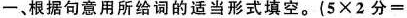
-、根据句意用所给词的适当形式填空.（$$5 \times 2 分 =